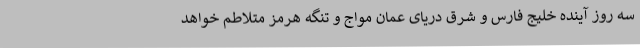
سه روز آینده خلیج فارس و شرق دریای عمان مواج و تنگه هرمز متلاطم خواهد